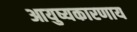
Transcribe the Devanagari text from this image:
आयुष्यकारणाय